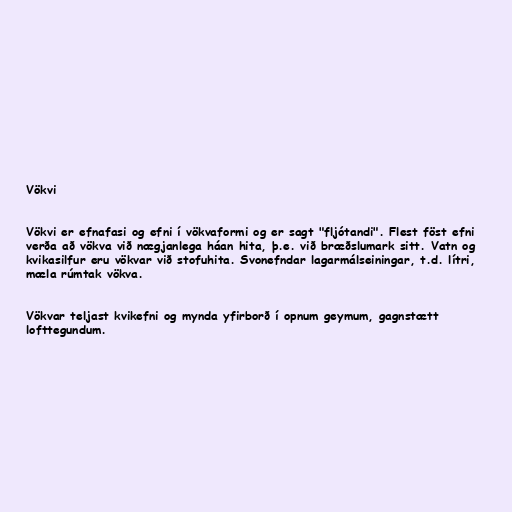
Vökvi

Vökvi er efnafasi og efni í vökvaformi og er sagt "fljótandi". Flest föst efni
verða að vökva við nægjanlega háan hita, þ.e. við bræðslumark sitt. Vatn og
kvikasilfur eru vökvar við stofuhita. Svonefndar lagarmálseiningar, t.d. lítri,
mæla rúmtak vökva.

Vökvar teljast kvikefni og mynda yfirborð í opnum geymum, gagnstætt
lofttegundum.